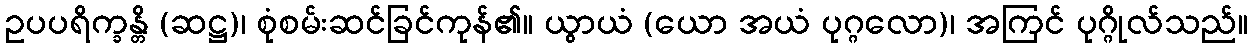
ဥပပရိက္ခန္တိ (ဆဋ္ဌ)၊ စုံစမ်းဆင်ခြင်ကုန်၏။ ယွာယံ (ယော အယံ ပုဂ္ဂလော)၊ အကြင် ပုဂ္ဂိုလ်သည်။